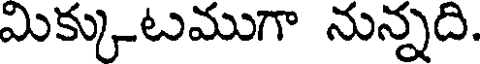
మిక్కుటముగా నున్నది.